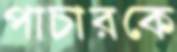
পাচারকে